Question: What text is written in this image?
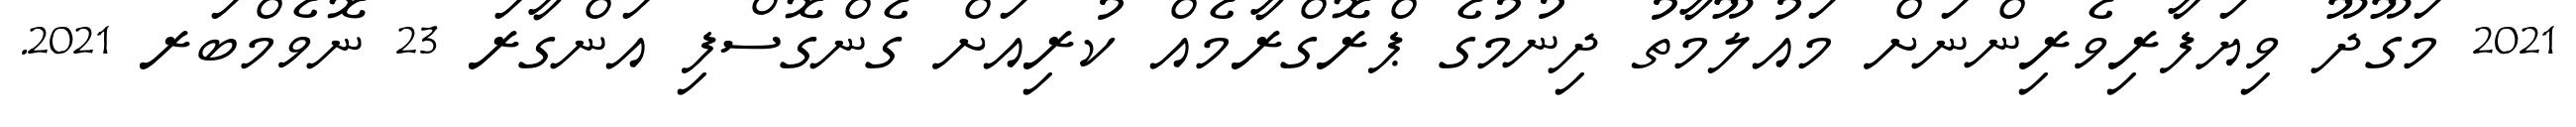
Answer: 2021 މަގޫދޫ ވިޔަފާރިވެރިންނަށް މައުލޫމާތު ދިނުމުގެ ޕްރޮގްރާމެއް ކުރިއަށް ގެންގޮސްފި އަންގާރަ 23 ނޮވެމްބަރ 2021.